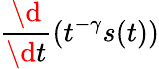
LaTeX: \frac{\d}{\d t}(t^{-\gamma}s(t))